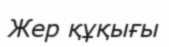
Жер құқығы